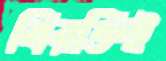
বিরক্তিই